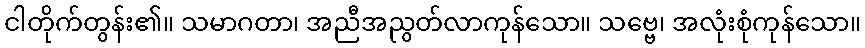
ငါတိုက်တွန်း၏။ သမာဂတာ၊ အညီအညွတ်လာကုန်သော။ သဗ္ဗေ၊ အလုံးစုံကုန်သော။